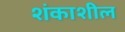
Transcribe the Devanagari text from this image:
शंकाशील